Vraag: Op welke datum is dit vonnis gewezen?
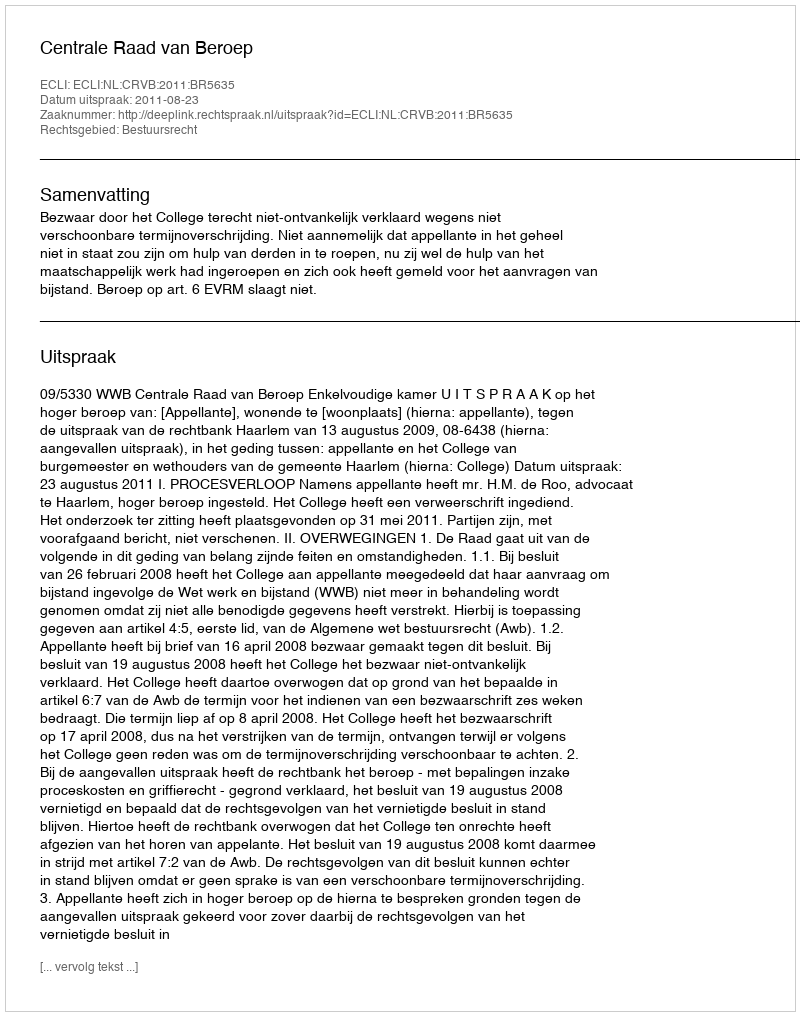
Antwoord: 2011-08-23